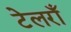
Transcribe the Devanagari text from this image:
टेलराँ